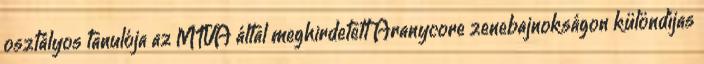
osztályos tanulója az MTVA által meghirdetett Aranycore zenebajnokságon különdíjas